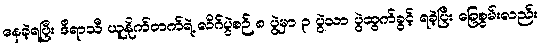
နေခဲ့ရပြီး ဒီရာသီ ယူနိုက်တက်ရဲ့ လိဂ်ပွဲစဉ် ၈ ပွဲမှာ ၃ ပွဲသာ ပွဲထွက်ခွင့် ရခဲ့ပြီး ခြေစွမ်းလည်း